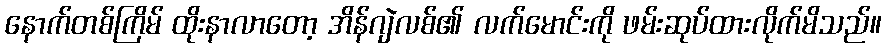
နောက်တစ်ကြိမ် ထိုးနာလာတော့ အိန်ဂျဲလစ်၏ လက်မောင်းကို ဖမ်းဆုပ်ထားလိုက်မိသည်။